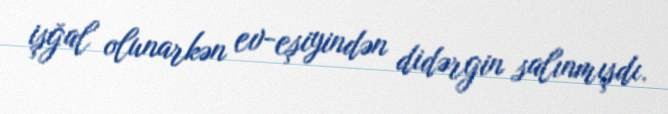
işğal olunarkən ev-eşiyindən didərgin salınmışdı.